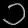
Digit: ၁